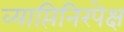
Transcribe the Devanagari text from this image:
व्याप्तिनिरपेक्ष